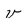
Character: v